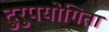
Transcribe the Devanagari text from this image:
दुरुपयोगिता